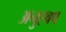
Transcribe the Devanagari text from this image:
अनुह्वप